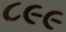
૮૯૯